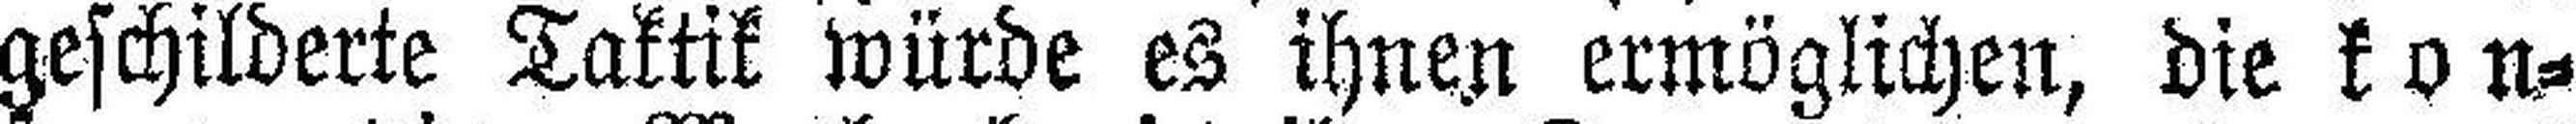
geschilderte Taktik würde es ihnen ermöglichen, die kon¬